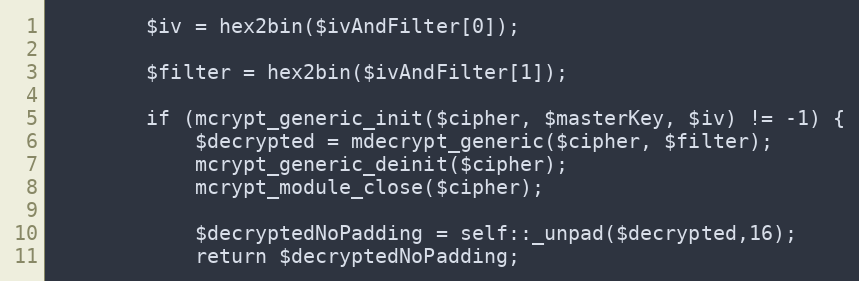
Language: PHP
        $iv = hex2bin($ivAndFilter[0]);

        $filter = hex2bin($ivAndFilter[1]);

        if (mcrypt_generic_init($cipher, $masterKey, $iv) != -1) {
            $decrypted = mdecrypt_generic($cipher, $filter);
            mcrypt_generic_deinit($cipher);
            mcrypt_module_close($cipher);

            $decryptedNoPadding = self::_unpad($decrypted,16);
            return $decryptedNoPadding;